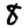
Digit: 8